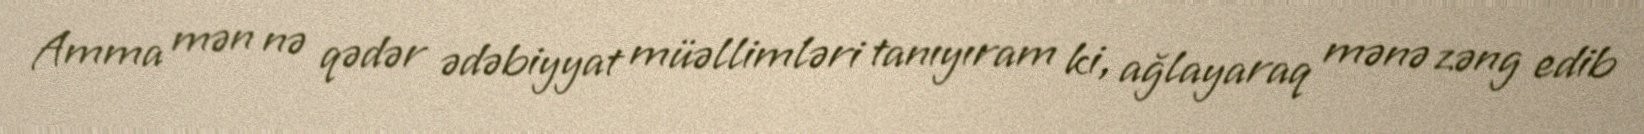
Amma mən nə qədər ədəbiyyat müəllimləri tanıyıram ki, ağlayaraq mənə zəng edib